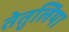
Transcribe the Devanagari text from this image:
तेतुलिया